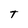
Character: t